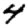
Digit: 4